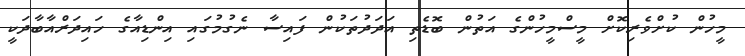
މީހުން ކުށްވެރިކޮށް މީސްމީހުންގެ އަތުން ބޮޑެތި އަދަދުތަކުން ފައިސާ ނެގުމުގައި އިންޑިއާގެ ހައިދަރްއާބާދަކީ